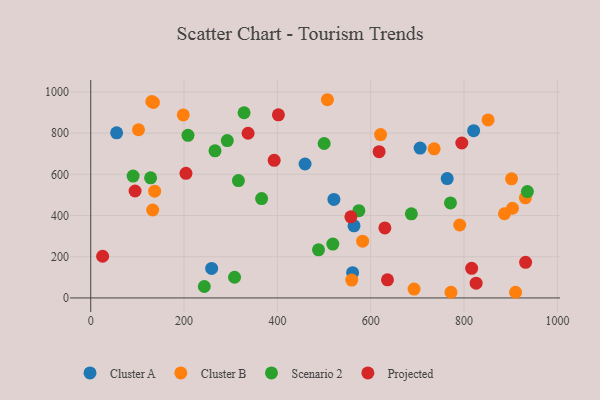
{"axis": {"x": "Ad Spend", "y": "Yield"}, "legend": ["Cluster A", "Cluster B", "Projected", "Scenario 2"], "data": [{"x": "564.2", "y": 350.0, "type": "Cluster A"}, {"x": "459.3", "y": 650.0, "type": "Cluster A"}, {"x": "705.9", "y": 727.5, "type": "Cluster A"}, {"x": "820.6", "y": 811.8, "type": "Cluster A"}, {"x": "763.9", "y": 579.4, "type": "Cluster A"}, {"x": "561.2", "y": 122.4, "type": "Cluster A"}, {"x": "55.5", "y": 801.2, "type": "Cluster A"}, {"x": "521.1", "y": 478.2, "type": "Cluster A"}, {"x": "259.1", "y": 143.1, "type": "Cluster A"}, {"x": "130.9", "y": 953.4, "type": "Cluster B"}, {"x": "901.8", "y": 578.3, "type": "Cluster B"}, {"x": "931.4", "y": 486.1, "type": "Cluster B"}, {"x": "910.4", "y": 27.5, "type": "Cluster B"}, {"x": "582.7", "y": 275.5, "type": "Cluster B"}, {"x": "507.2", "y": 962.0, "type": "Cluster B"}, {"x": "692.9", "y": 43.2, "type": "Cluster B"}, {"x": "132.8", "y": 426.9, "type": "Cluster B"}, {"x": "886.6", "y": 408.6, "type": "Cluster B"}, {"x": "198.3", "y": 888.1, "type": "Cluster B"}, {"x": "772.0", "y": 27.7, "type": "Cluster B"}, {"x": "851.5", "y": 863.9, "type": "Cluster B"}, {"x": "137.0", "y": 518.2, "type": "Cluster B"}, {"x": "621.1", "y": 792.8, "type": "Cluster B"}, {"x": "134.3", "y": 948.7, "type": "Cluster B"}, {"x": "559.3", "y": 86.8, "type": "Cluster B"}, {"x": "735.9", "y": 723.5, "type": "Cluster B"}, {"x": "790.7", "y": 353.9, "type": "Cluster B"}, {"x": "102.4", "y": 816.4, "type": "Cluster B"}, {"x": "903.8", "y": 435.2, "type": "Cluster B"}, {"x": "266.3", "y": 713.8, "type": "Scenario 2"}, {"x": "243.4", "y": 55.6, "type": "Scenario 2"}, {"x": "208.4", "y": 789.3, "type": "Scenario 2"}, {"x": "687.1", "y": 408.1, "type": "Scenario 2"}, {"x": "574.6", "y": 423.7, "type": "Scenario 2"}, {"x": "935.7", "y": 516.0, "type": "Scenario 2"}, {"x": "90.8", "y": 591.3, "type": "Scenario 2"}, {"x": "366.2", "y": 482.1, "type": "Scenario 2"}, {"x": "500.2", "y": 749.5, "type": "Scenario 2"}, {"x": "316.5", "y": 569.6, "type": "Scenario 2"}, {"x": "292.6", "y": 763.6, "type": "Scenario 2"}, {"x": "128.3", "y": 582.9, "type": "Scenario 2"}, {"x": "488.1", "y": 233.7, "type": "Scenario 2"}, {"x": "518.8", "y": 261.3, "type": "Scenario 2"}, {"x": "308.2", "y": 100.4, "type": "Scenario 2"}, {"x": "770.9", "y": 461.3, "type": "Scenario 2"}, {"x": "328.6", "y": 898.8, "type": "Scenario 2"}, {"x": "393.1", "y": 667.7, "type": "Projected"}, {"x": "931.9", "y": 172.9, "type": "Projected"}, {"x": "825.9", "y": 71.6, "type": "Projected"}, {"x": "795.2", "y": 751.9, "type": "Projected"}, {"x": "402.2", "y": 888.6, "type": "Projected"}, {"x": "95.0", "y": 519.0, "type": "Projected"}, {"x": "630.3", "y": 339.9, "type": "Projected"}, {"x": "816.3", "y": 143.5, "type": "Projected"}, {"x": "25.5", "y": 202.3, "type": "Projected"}, {"x": "337.2", "y": 799.2, "type": "Projected"}, {"x": "557.5", "y": 393.5, "type": "Projected"}, {"x": "635.9", "y": 87.8, "type": "Projected"}, {"x": "204.1", "y": 604.8, "type": "Projected"}, {"x": "618.0", "y": 709.8, "type": "Projected"}]}